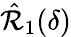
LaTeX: \hat{\mathcal{R}}_{1}(\delta)